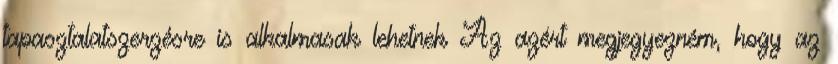
tapasztalatszerzésre is alkalmasak lehetnek Az azért megjegyezném, hogy az